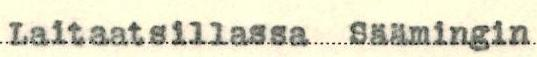
Laitaatsillassa Säämingin